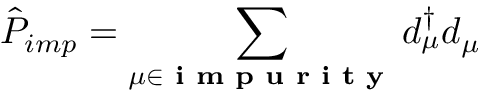
\hat { P } _ { i m p } = \sum _ { \mu \in \textbf { i m p u r i t y } } d _ { \mu } ^ { \dagger } d _ { \mu }